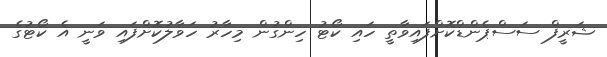
ޝަރީފް ސަސްޕެންޑްކޮށްފައިވާތީ ހައި ކޯޓު ހިންގުން މިހާރު ހަވާލުކޮށްފައި ވަނީ އެ ކޯޓުގެ